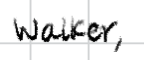
Text: Walker,
Cross-out: clean
Writing tool: digital_black